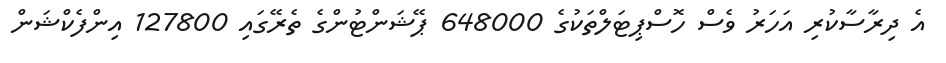
އެ ދިރާސާކުރި އަހަރު ވެސް ހޮސްޕިޓަލްތަކުގެ 648000 ޕޭޝަންޓުންގެ ތެރޭގައި 127800 އިންފެކްޝަން